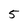
Character: 5